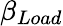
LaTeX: \beta_{Load}